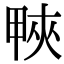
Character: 𤲍